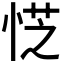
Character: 𪫿